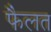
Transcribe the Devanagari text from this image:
फैलत